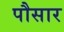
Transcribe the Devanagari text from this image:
पौसार